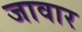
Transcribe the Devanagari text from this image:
जावार